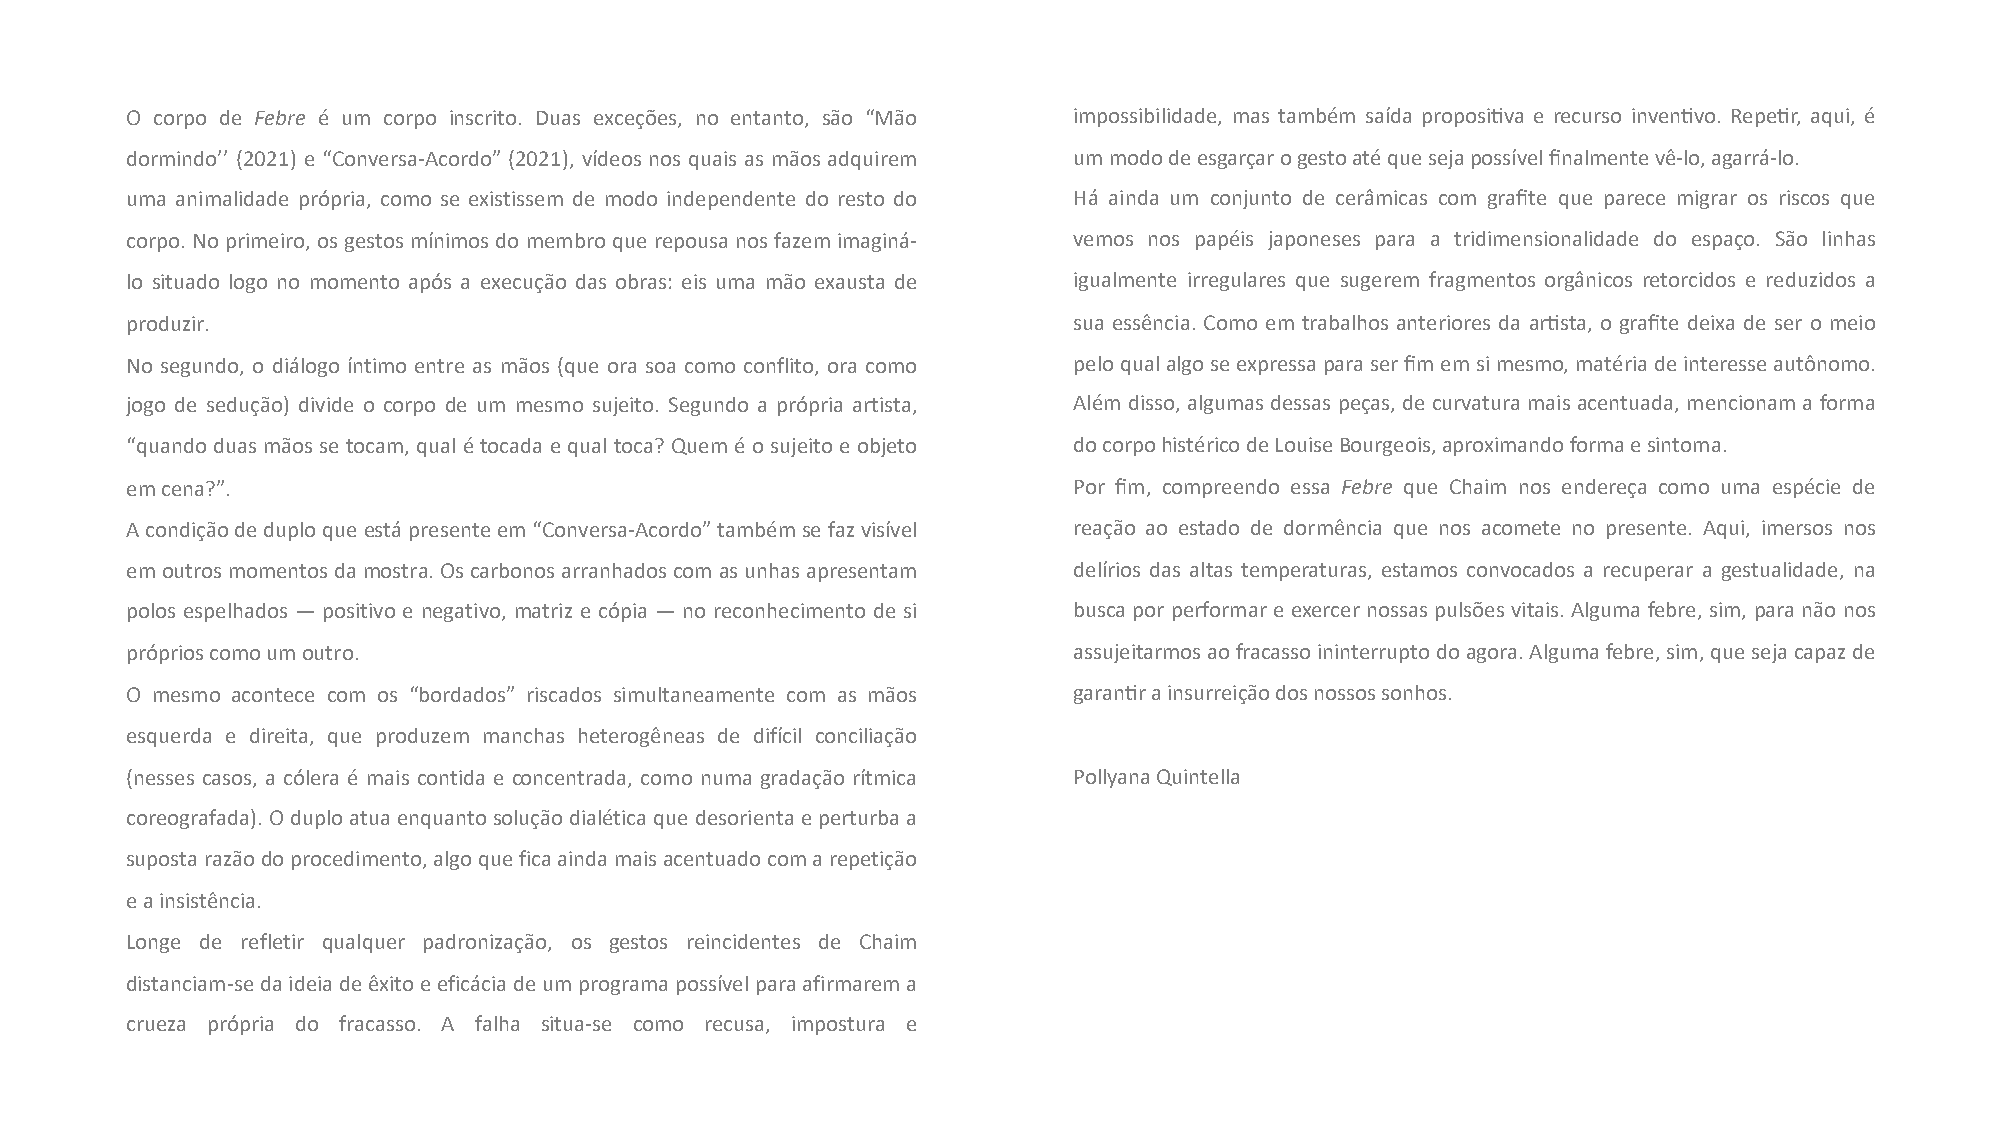
O corpo de Febre é um corpo inscrito. Duas exceções, no entanto, são “Mão impossibilidade, mas também saída proposi7va e recurso inven7vo. Repe7r, aqui, é
 dormindo’’ (2021) e “Conversa-Acordo” (2021), vídeos nos quais as mãos adquirem ummododeesgarçarogestoatéquesejapossívelfinalmentevê-lo,agarrá-lo.
 uma animalidade própria, como se existissem de modo independente do resto do Há ainda um conjunto de cerâmicas com grafite que parece migrar os riscos que
 corpo.Noprimeiro,osgestosmínimosdomembroque repousanosfazemimaginá- vemos nos papéis japoneses para a tridimensionalidade do espaço. São linhas
 lo situado logo no momento após a execução das obras: eis uma mão exausta de igualmente irregulares que sugerem fragmentos orgânicos retorcidos e reduzidos a
 produzir.                                                      sua essência. Como em trabalhos anteriores da ar7sta, o grafite deixa de ser o meio
 No segundo, o diálogo íntimo entre as mãos (que ora soa como conflito, ora como peloqualalgoseexpressaparaserfimemsimesmo,matériadeinteresseautônomo.
 jogo de sedução) divide o corpo de um mesmo sujeito. Segundo a própria artista, Além disso, algumas dessas peças, de curvatura mais acentuada, mencionam a forma
 “quandoduasmãosse tocam, qualé tocadae qualtoca? Quemé osujeitoe objeto docorpohistéricodeLouiseBourgeois,aproximandoformaesintoma.
 emcena?”.                                                      Por fim, compreendo essa Febre que Chaim nos endereça como uma espécie de
 Acondiçãodeduploqueestápresenteem“Conversa-Acordo”tambémsefazvisível reação ao estado de dormência que nos acomete no presente. Aqui, imersos nos
 emoutrosmomentosdamostra.Oscarbonosarranhadoscomasunhasapresentam delírios das altas temperaturas, estamos convocados a recuperar a gestualidade, na
 polos espelhados — positivo e negativo, matriz e cópia — no reconhecimento de si busca por performar e exercer nossas pulsões vitais. Alguma febre, sim, para não nos
 próprioscomoumoutro.                                           assujeitarmosaofracassoininterruptodoagora.Algumafebre,sim,quesejacapazde
 O mesmo acontece com os “bordados” riscados simultaneamente com as mãos garan7rainsurreiçãodosnossossonhos.
 esquerda e direita, que produzem manchas heterogêneas de difícil conciliação
 (nesses casos, a cólera é mais contida e concentrada, como numa gradação rítmica PollyanaQuintella
 coreografada).Oduploatuaenquantosoluçãodialéticaquedesorientaeperturbaa
 supostarazãodoprocedimento,algoqueficaaindamaisacentuadocomarepetição
 eainsistência.
 Longe de refletir qualquer padronização, os gestos reincidentes de Chaim
 distanciam-sedaideiadeêxitoeeficáciadeumprogramapossívelparaafirmarema
 crueza própria do fracasso. A falha situa-se como recusa, impostura e
 xxxxffxxxffffffffff